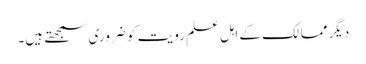
دیگر ممالک کے اہل علم رویت کو ضروری سمجھتے ہیں۔